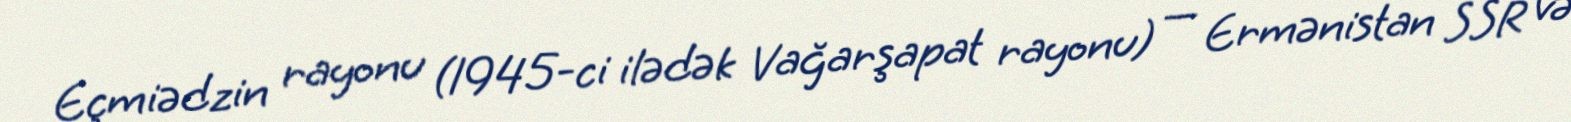
Eçmiədzin rayonu (1945-ci ilədək Vağarşapat rayonu) — Ermənistan SSR və